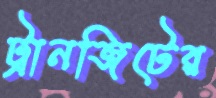
ট্রানজিটের